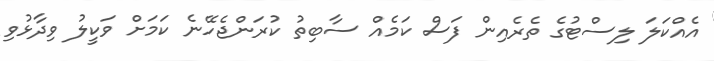
އެއްކަލަ ލިސްޓުގެ ތެރެއިން ފަސް ކަމެއް ސާބިތު ކުރަންޖެހޭނެ ކަމަށް ވަކީލު ވިދާޅުވި